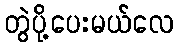
တွဲပို့ပေးမယ်လေ